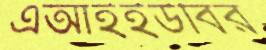
এআইইউবির